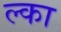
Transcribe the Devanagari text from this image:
ल्का